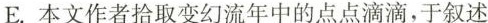
E.本文作者拾取变幻流年中的点点滴滴，于叙述